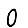
Digit: 0